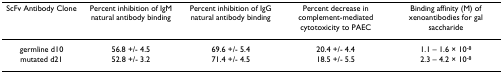
<table><thead><tr><td><b>ScFv Antibody Clone</b></td><td><b>Percent inhibition of IgM natural antibody binding</b></td><td><b>Percent inhibition of IgG natural antibody binding</b></td><td><b>Percent decrease in complement-mediated cytotoxicity to PAEC</b></td><td><b>Binding affinity (M) of xenoantibodies for gal saccharide</b></td></tr></thead><tbody><tr><td>germline d10</td><td>56.8 +/- 4.5</td><td>69.6 +/- 5.4</td><td>20.4 +/- 4.4</td><td>1.1 – 1.6 × 10<sup>-8</sup></td></tr><tr><td>mutated d21</td><td>52.8 +/- 3.2</td><td>71.4 +/- 4.5</td><td>18.5 +/- 5.5</td><td>2.3 – 4.2 × 10<sup>-8</sup></td></tr></tbody></table>